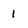
Character: 1